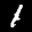
Label: 1